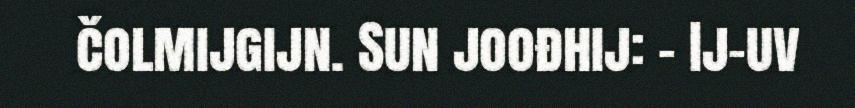
čolmijgijn. Sun joođhij: - Ij-uv